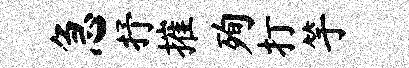
急抒摧殉打竽